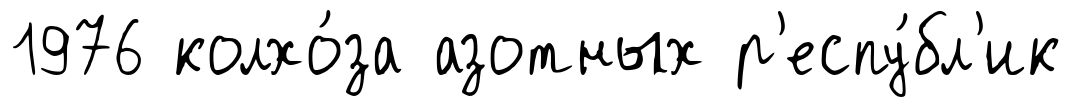
1976 колхо́за азотных р'еспу́бл'ик